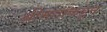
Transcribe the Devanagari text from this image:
श्रीमंतांकडून